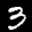
Label: 3